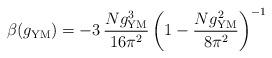
LaTeX: \begin{align*} \beta(g_{\rm YM}) = - 3 \, \frac{N g_{\rm YM}^3}{16 \pi^2} \left(1 -\frac{N g_{\rm YM}^2}{8 \pi^2} \right)^{-1}\end{align*}